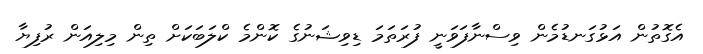
އެގޮތުން އަޅުގަނޑުމެން ވިސްނާފަވަނީ ފުރަތަމަ ޑިވިޝަނުގެ ކޮންމެ ކްލަބަކަށް ތިން މިލިއަން ރުފިޔާ